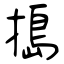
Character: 搗